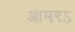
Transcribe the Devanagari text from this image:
आमरऽ